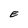
Character: E